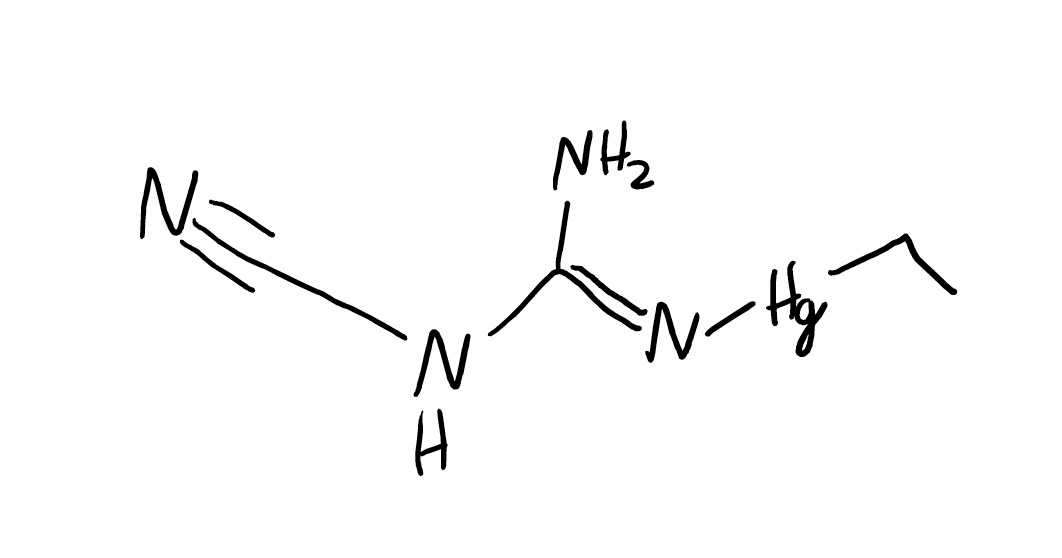
Simplified molecular-input line-entry system (SMILES) notation of the given molecule:
CC[Hg]/N=C(\N)/NC#N